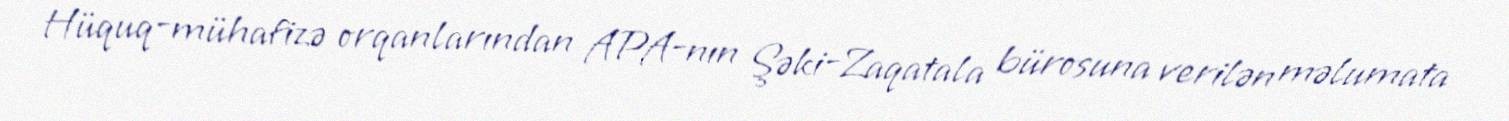
Hüquq-mühafizə orqanlarından APA-nın Şəki-Zaqatala bürosuna verilən məlumata